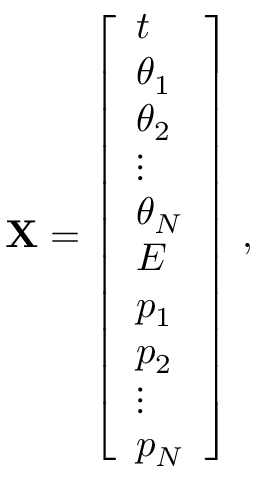
\mathbf { X } = \left[ \begin{array} { l } { t } \\ { \theta _ { 1 } } \\ { \theta _ { 2 } } \\ { \vdots } \\ { \theta _ { N } } \\ { E } \\ { p _ { 1 } } \\ { p _ { 2 } } \\ { \vdots } \\ { p _ { N } } \end{array} \right] \, ,